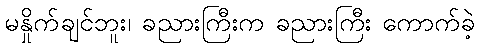
မနှိုက်ချင်ဘူး၊ ခညားကြီးက ခညားကြီး ကောက်ခဲ့